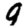
Digit: 9